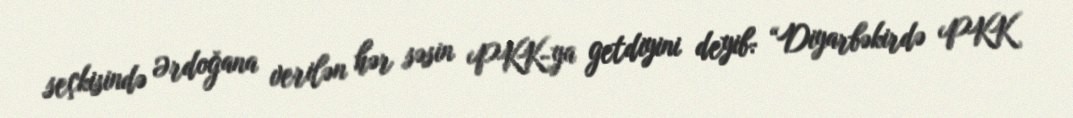
seçkisində Ərdoğana verilən hər səsin PKK-ya getdiyini deyib: “Diyarbəkirdə PKK